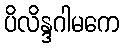
ပိလိန္ဒဂါမကေ